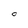
Character: O